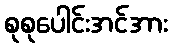
စုစုပေါင်းအင်အား